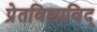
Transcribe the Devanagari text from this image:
प्रेतविद्याविद्